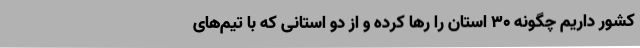
کشور داریم چگونه 30 استان را رها کرده و از دو استانی که با تیم‌های